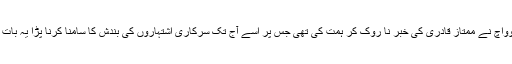
میڈیا کو دوہرا معیار ترک کرنا ہو گا اور ہمت کرنا ہو گی جیسے میٹر وواچ نے ممتاز قادری کی خبر نا روک کر ہمت کی تھی جس پر اسے آج تک سرکاری اشتہاروں کی بندش کا سامنا کرنا پڑا یہ بات سوچنی ہو گی کہ رزق اللہ کے ہاتھ میں ہے ان ان داتاوں کے ہاتھ نہیں ۔